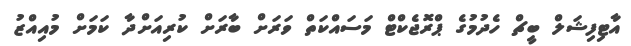
އާޓިފިޝަލް ބީޗް ހެދުމުގެ ޕްރޮޖެކްޓް މަސައްކަތް ވަރަށް ބާރަށް ކުރިއަށްދާ ކަމަށް މުއިއްޒު